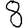
Digit: 8